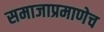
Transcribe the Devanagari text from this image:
समाजाप्रमाणेच